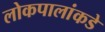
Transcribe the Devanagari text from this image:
लोकपालांकडे